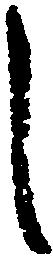
し